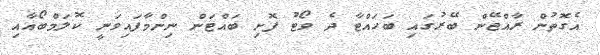
އެގޮތުން ރާއްޖޭން ބޭރުގައި ބަހައްޓާ ދެ ވޯޓު ފޮށި ބައްޓަން ނިންމާފައިވަނީ ކޮލަމްބޯއާއި